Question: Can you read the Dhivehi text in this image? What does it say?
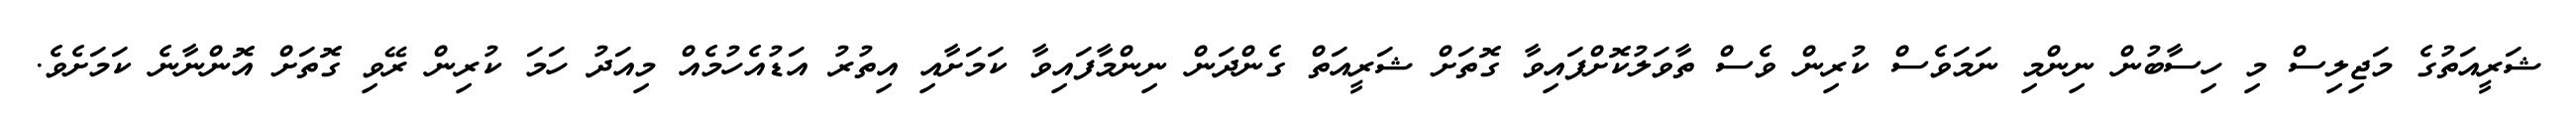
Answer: ޝަރީއަތުގެ މަޖިލިސް މި ހިސާބުން ނިންމި ނަމަވެސް ކުރިން ވެސް ތާވަލުކޮށްފައިވާ ގޮތަށް ޝަރީއަތް ގެންދަން ނިންމާފައިވާ ކަމަށާއި އިތުރު އަޑުއެހުމެއް މިއަދު ހަމަ ކުރިން ރޭވި ގޮތަށް އޮންނާނެ ކަމަށެވެ.